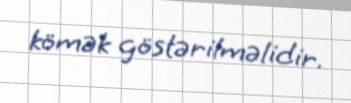
kömək göstərilməlidir.